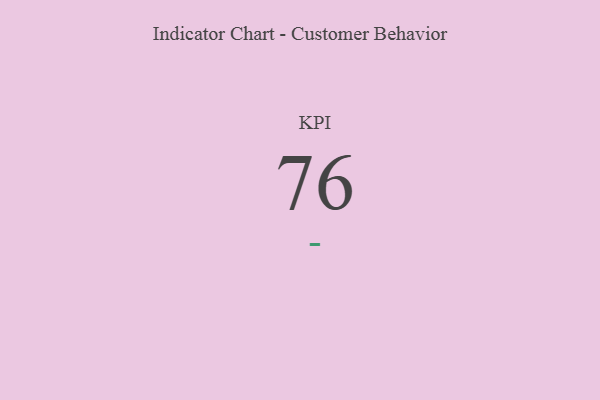
{"axis": {"x": "KPI", "y": "Value"}, "legend": [""], "data": [{"x": "KPI", "y": 76, "type": ""}]}